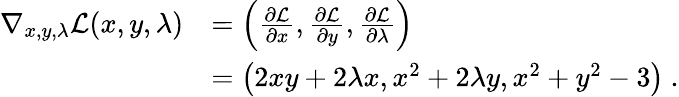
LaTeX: {\begin{array}{rl}{\nabla_{x,y,\lambda}{\mathcal{L}}(x,y,\lambda)}&{=\left({\frac{\partial{\mathcal{L}}}{\partial x}},{\frac{\partial{\mathcal{L}}}{\partial y}},{\frac{\partial{\mathcal{L}}}{\partial\lambda}}\right)}\\ &{=\left(2xy+2\lambda x,x^{2}+2\lambda y,x^{2}+y^{2}-3\right)~.}\end{array}}